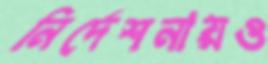
নির্দেশনায়ও